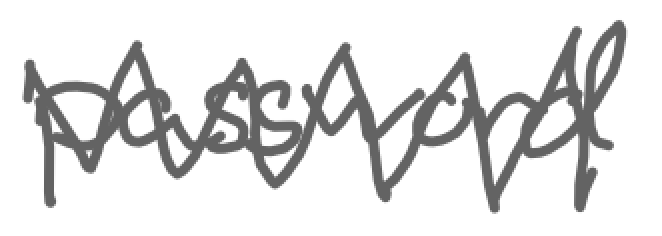
Text: password
Cross-out: zig-zag
Writing tool: digital_gray